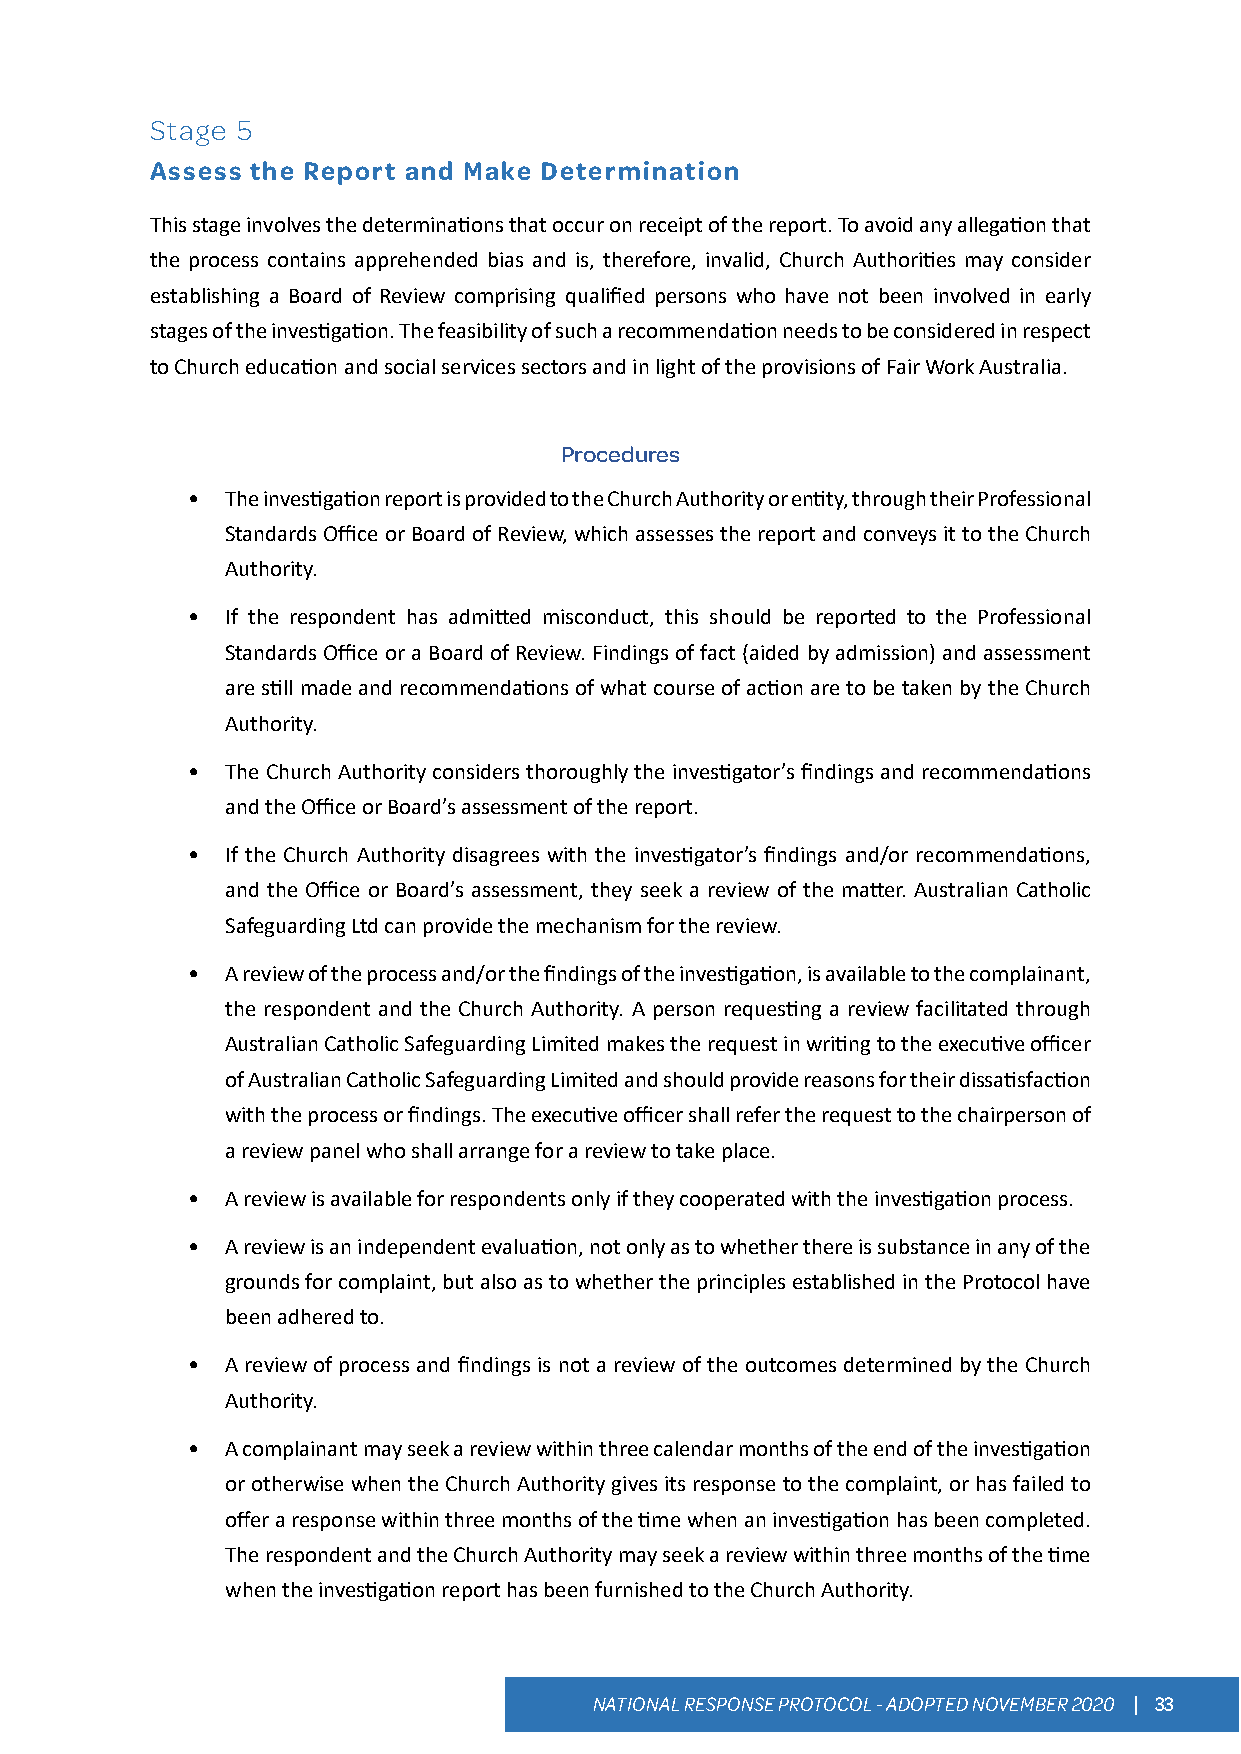
Stage 5
 Assess the Report and Make Determination
 This stage involves the determinations that occur on receipt of the report. To avoid any allegation that
 the process contains apprehended bias and is, therefore, invalid, Church Authorities may consider
 establishing a Board of Review comprising qualified persons who have not been involved in early
 stages of the investigation. The feasibility of such a recommendation needs to be considered in respect
 to Church education and social services sectors and in light of the provisions of Fair Work Australia.
 Procedures
 •  The investigation report is provided to the Church Authority or entity, through their Professional
 Standards Office or Board of Review, which assesses the report and conveys it to the Church
 Authority.
 •  If the respondent has admitted misconduct, this should be reported to the Professional
 Standards Office or a Board of Review. Findings of fact (aided by admission) and assessment
 are still made and recommendations of what course of action are to be taken by the Church
 Authority.
 •  The Church Authority considers thoroughly the investigator’s findings and recommendations
 and the Office or Board’s assessment of the report.
 •  If the Church Authority disagrees with the investigator’s findings and/or recommendations,
 and the Office or Board’s assessment, they seek a review of the matter. Australian Catholic
 Safeguarding Ltd can provide the mechanism for the review.
 •  A review of the process and/or the findings of the investigation, is available to the complainant,
 the respondent and the Church Authority. A person requesting a review facilitated through
 Australian Catholic Safeguarding Limited makes the request in writing to the executive officer
 of Australian Catholic Safeguarding Limited and should provide reasons for their dissatisfaction
 with the process or findings. The executive officer shall refer the request to the chairperson of
 a review panel who shall arrange for a review to take place.
 •  A review is available for respondents only if they cooperated with the investigation process.
 •  A review is an independent evaluation, not only as to whether there is substance in any of the
 grounds for complaint, but also as to whether the principles established in the Protocol have
 been adhered to.
 •  A review of process and findings is not a review of the outcomes determined by the Church
 Authority.
 •  A complainant may seek a review within three calendar months of the end of the investigation
 or otherwise when the Church Authority gives its response to the complaint, or has failed to
 offer a response within three months of the time when an investigation has been completed.
 The respondent and the Church Authority may seek a review within three months of the time
 when the investigation report has been furnished to the Church Authority.
 NATIONAL RESPONSE PROTOCOL - ADOPTED NOVEMBER 2020 | 33